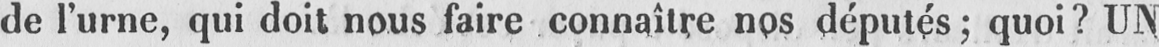
de l’urne, qui doit nous faire connaître nos députés; quoi? UN